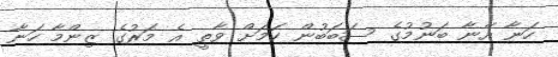
ހަނާ އޭނާ ބަނުމުގެ ސަބަބުން ކަމަށް ވާތީ އެ މަރުގެ ޒިންމާ ހަނާ